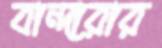
বান্দারার